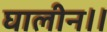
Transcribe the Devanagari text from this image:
घालीन।।